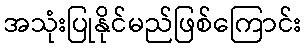
အသုံးပြုနိုင်မည်ဖြစ်ကြောင်း